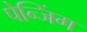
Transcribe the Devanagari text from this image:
पेन्जिंग